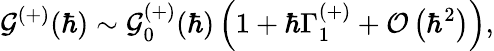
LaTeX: {\mathcal{G}^{(+)}(\hbar)}\sim{\mathcal{G}_{0}^{(+)}(\hbar)}\left(1+\hbar\Gamma_{1}^{(+)}+\mathcal{O}\left(\hbar^{2}\right)\right),